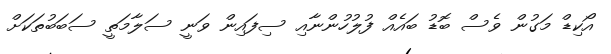
އޯކިޑް މަގުން ވެސް ބޮޑު ބައެއް ފުލުހުންނާއި ސިފައިން ވަނީ ސަލާމަތީ ސަބަބުތަކަށް